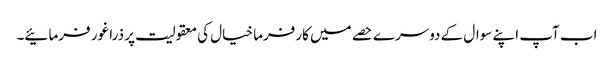
اب آپ اپنے سوال کے دوسرے حصے میں کارفرما خیال کی معقولیت پر ذرا غور فرمائیے۔